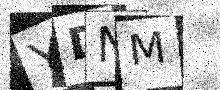
Text: YDNM